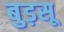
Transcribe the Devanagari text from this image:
बुड़सू